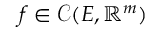
f \in \mathcal { C } ( E , \mathbb { R } ^ { m } )